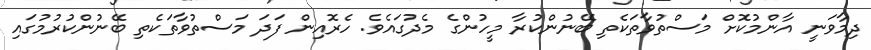
ދިމާވަނީ އާންމުކޮށް މަސްތުވާތަކެތި ބޭނުންކުރާ މީހުންގެ މެދުގައެވެ. ހެރޮއިން ފަދަ މަސްތުވާތަކެތި ބޭނުންކުރުމުގައި